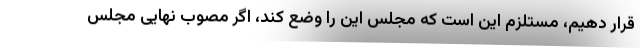
قرار دهیم، مستلزم این است که مجلس این را وضع کند، اگر مصوب نهایی مجلس